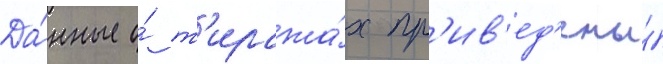
Да́нные о́ т'иража́х пр'ив'ед'ены́